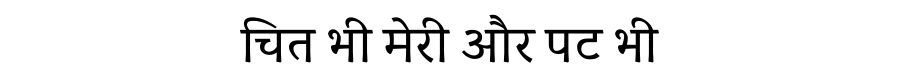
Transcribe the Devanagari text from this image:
चित भी मेरी और पट भी